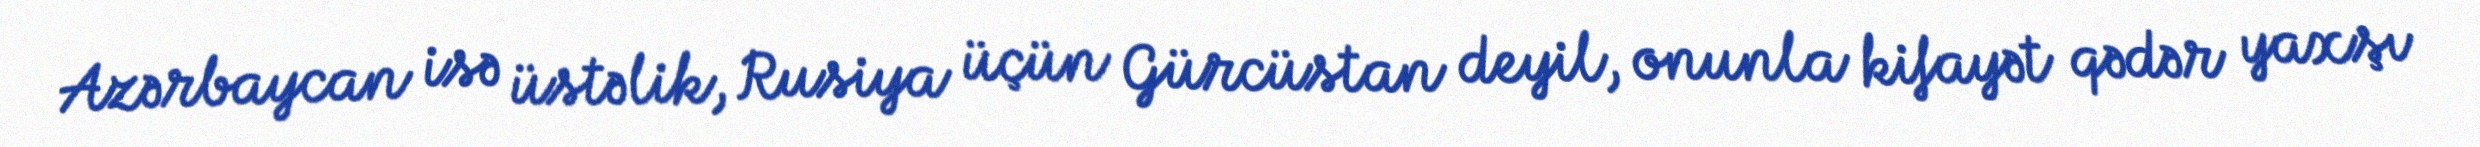
Azərbaycan isə üstəlik, Rusiya üçün Gürcüstan deyil, onunla kifayət qədər yaxşı